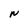
Character: N